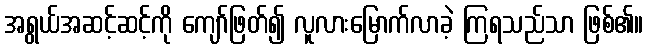
အရွယ်အဆင့်ဆင့်ကို ကျော်ဖြတ်၍ လူလားမြောက်လာခဲ့ ကြရသည်သာ ဖြစ်၏။